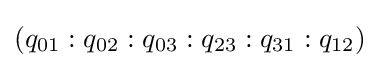
(q_{01}:q_{02}:q_{03}:q_{23}:q_{31}:q_{12})